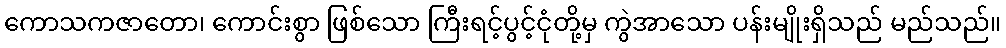
ကောသကဇာတော၊ ကောင်းစွာ ဖြစ်သော ကြီးရင့်ပွင့်ငုံတို့မှ ကွဲအာသော ပန်းမျိုးရှိသည် မည်သည်။